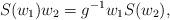
LaTeX: \begin{align*}S(w_1)w_2=g^{-1}w_1S(w_2),\end{align*}